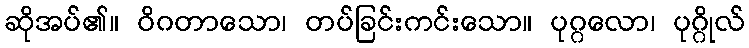
ဆိုအပ်၏။ ဝိဂတာသော၊ တပ်ခြင်းကင်းသော။ ပုဂ္ဂလော၊ ပုဂ္ဂိုလ်